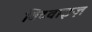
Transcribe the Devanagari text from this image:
बिटवाइज़